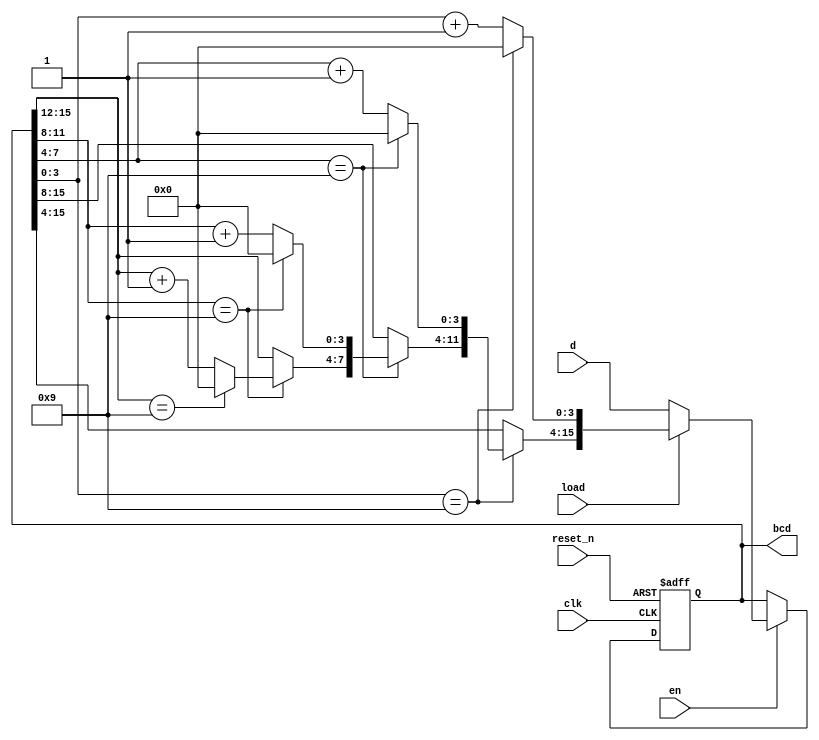
module bcd_4d_cnt(input clk,input reset_n,input en,input load,input [15:0] d,output reg [15:0] bcd);
always@(posedge clk, negedge reset_n)
	if(!reset_n)
		bcd = 16'b0;
	else if(en)
		begin
			if(!load)
				bcd = d;
			else if(bcd[3:0] == 4'b1001)
				begin
					bcd[3:0] = 4'b0000;
					if(bcd[7:4] == 4'b1001)
						begin
							bcd[7:4] = 4'b0000;
							if(bcd[11:8] == 4'b1001)
								begin
									bcd[11:8] = 4'b0000;
									if(bcd[15:12] == 4'b1001)
										begin
										bcd[15:12] = 4'b0000;
										end
									else
										bcd[15:12] = bcd[15:12] + 1;
								end
							else
								bcd[11:8] = bcd[11:8] + 1;
						end
					else
						 bcd[7:4] = bcd[7:4] + 1;
				end
			else
				bcd[3:0] = bcd[3:0] + 1;
		end
endmodule